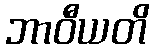
ဘာဝီယတိ